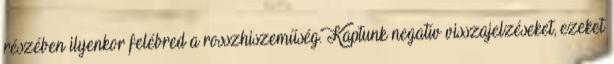
részében ilyenkor felébred a rosszhiszeműség. Kaptunk negatív visszajelzéseket, ezeket